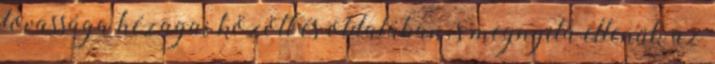
lovassága hézagai között és oldalában, s megnyitá ellenük az